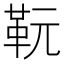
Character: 𩉯